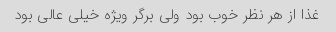
غذا از هر نظر خوب بود ولی برگر ویژه خیلی عالی بود